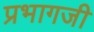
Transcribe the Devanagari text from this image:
प्रभागजी